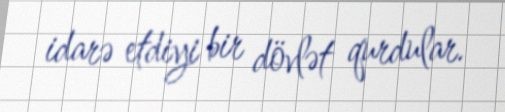
idarə etdiyi bir dövlət qurdular.